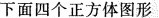
下面四个正方体图形